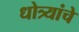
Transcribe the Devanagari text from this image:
धोत्र्यांचे